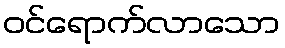
ဝင်ရောက်လာသော